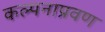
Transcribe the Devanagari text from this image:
कल्पनाप्रवण